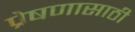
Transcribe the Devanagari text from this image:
प्रेषणासाठी